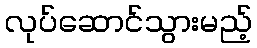
လုပ်ဆောင်သွားမည့်